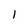
Character: 1